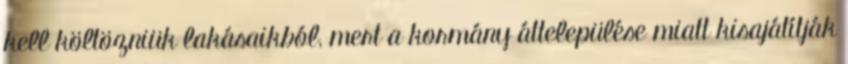
kell költözniük lakásaikból, mert a kormány áttelepülése miatt kisajátítják